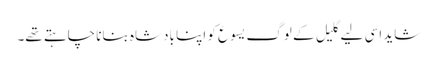
‏ شاید اِسی لیے گلیل کے لوگ یسوع کو اپنا بادشاہ بنانا چاہتے تھے۔